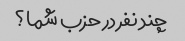
چند نفر در حزب شما؟